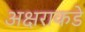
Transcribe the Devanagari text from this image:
अक्षराकडे